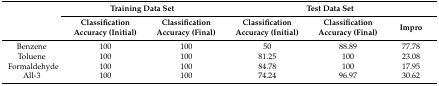
<table><thead><tr><td rowspan="2"></td><td colspan="2"><b>Training Data Set</b></td><td colspan="3"><b>Test Data Set</b></td></tr><tr><td><b>Classification Accuracy (Initial)</b></td><td><b>Classification Accuracy (Final)</b></td><td><b>Classification Accuracy (Initial)</b></td><td><b>Classification Accuracy (Final)</b></td><td><b>Impro</b></td></tr></thead><tbody><tr><td>Benzene</td><td>100</td><td>100</td><td>50</td><td>88.89</td><td>77.78</td></tr><tr><td>Toluene</td><td>100</td><td>100</td><td>81.25</td><td>100</td><td>23.08</td></tr><tr><td>Formaldehyde</td><td>100</td><td>100</td><td>84.78</td><td>100</td><td>17.95</td></tr><tr><td>All-3</td><td>100</td><td>100</td><td>74.24</td><td>96.97</td><td>30.62</td></tr></tbody></table>